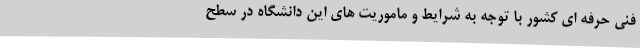
فنی حرفه ای کشور با توجه به شرایط و ماموریت های این دانشگاه در سطح